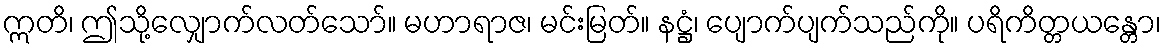
ဣတိ၊ ဤသို့လျှောက်လတ်သော်။ မဟာရာဇ၊ မင်းမြတ်။ နဋ္ဌံ၊ ပျောက်ပျက်သည်ကို။ ပရိကိတ္တယန္တော၊